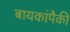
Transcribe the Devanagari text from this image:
बायकांपैकी